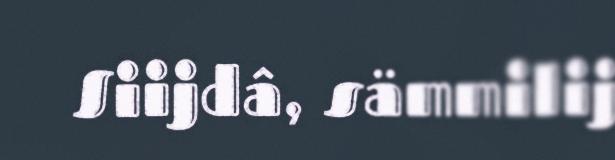
Siijdâ, sämmilij